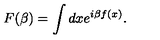
F ( \beta ) = \int d x e ^ { i \beta f ( x ) } .